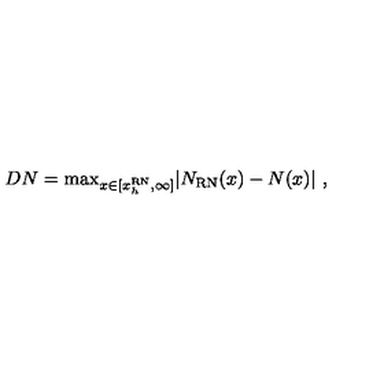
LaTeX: D N = \mathrm { m a x } _ { x \in [ x _ { h } ^ { \mathrm { R N } } , \infty ] } \vert N _ { \mathrm { R N } } ( x ) - N ( x ) \vert \ ,